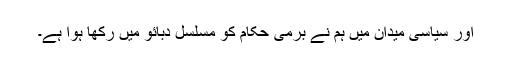
اور سیاسی میدان میں ہم نے برمی حکام کو مسلسل دبائو میں رکھا ہوا ہے۔